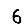
Digit: 6